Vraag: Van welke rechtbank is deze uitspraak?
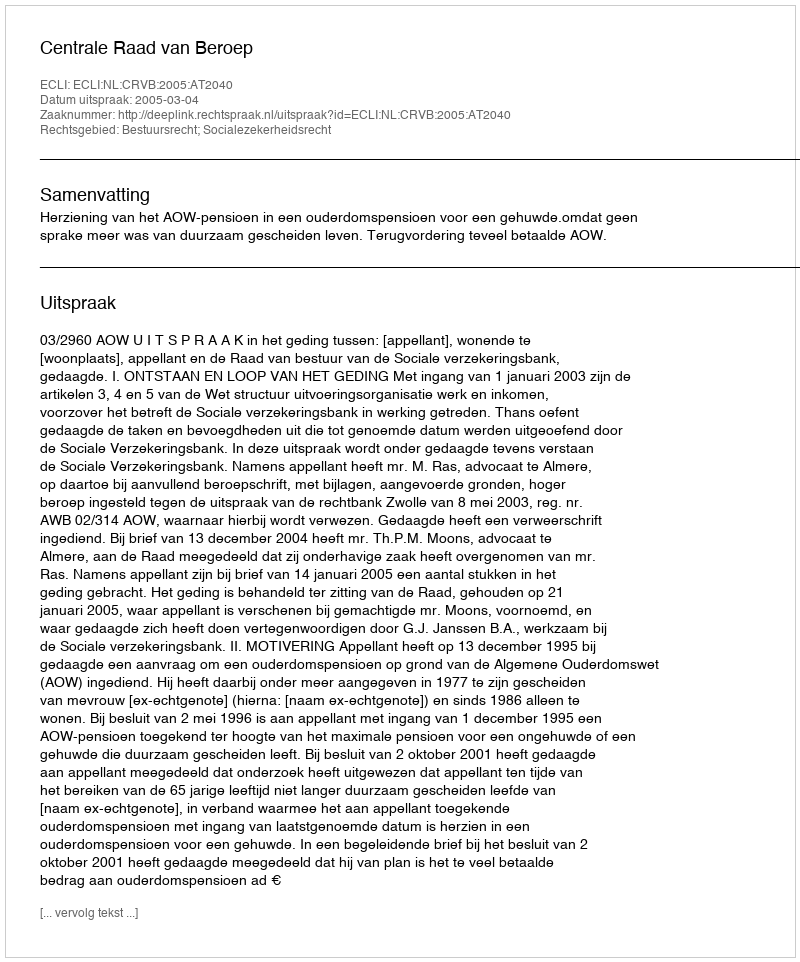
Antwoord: Centrale Raad van Beroep